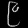
Digit: ၉